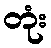
တုံး